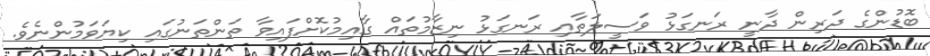
ބޮޑުންގެ ދަރިން ދާނީ ރަނގަޅު ވަސީލަތާއި ރަނގަޅު ނިޒާމުތައް ގާއިމުކޮށްފައިވާ ތަންތަނުގައި ކިޔަވަމުންނެވެ.